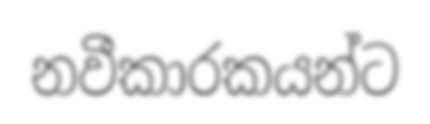
නවීකාරකයන්ට